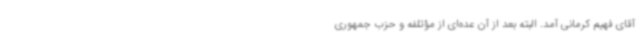
آقای فهیم کرمانی آمد. البته بعد از آن عده‌ای از مؤتلفه و حزب جمهوری